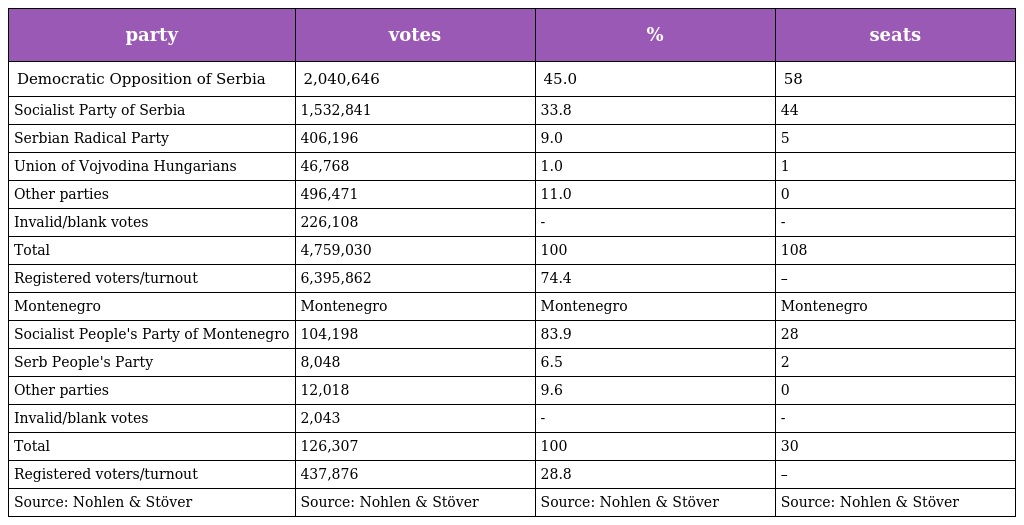
| party | votes | % | seats |
 | --- | --- | --- | --- |
 | Democratic Opposition of Serbia | 2,040,646 | 45.0 | 58 |
 | Socialist Party of Serbia | 1,532,841 | 33.8 | 44 |
 | Serbian Radical Party | 406,196 | 9.0 | 5 |
 | Union of Vojvodina Hungarians | 46,768 | 1.0 | 1 |
 | Other parties | 496,471 | 11.0 | 0 |
 | Invalid/blank votes | 226,108 | - | - |
 | Total | 4,759,030 | 100 | 108 |
 | Registered voters/turnout | 6,395,862 | 74.4 | – |
 | Montenegro | Montenegro | Montenegro | Montenegro |
 | Socialist People's Party of Montenegro | 104,198 | 83.9 | 28 |
 | Serb People's Party | 8,048 | 6.5 | 2 |
 | Other parties | 12,018 | 9.6 | 0 |
 | Invalid/blank votes | 2,043 | - | - |
 | Total | 126,307 | 100 | 30 |
 | Registered voters/turnout | 437,876 | 28.8 | – |
 | Source: Nohlen & Stöver | Source: Nohlen & Stöver | Source: Nohlen & Stöver | Source: Nohlen & Stöver |